画像に写った文字を読んでください
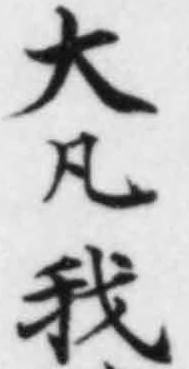
「大凡我」と書いてあります